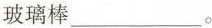
玻璃棒___。